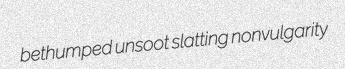
bethumped unsoot slatting nonvulgarity